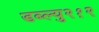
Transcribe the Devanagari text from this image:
डब्ल्यु२१२